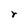
Character: r